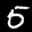
Label: 5